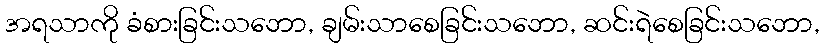
အရသာကို ခံစားခြင်းသဘော, ချမ်းသာစေခြင်းသဘော, ဆင်းရဲစေခြင်းသဘော,